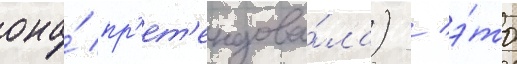
она́ пр'ет'ендова́ла) / э́то